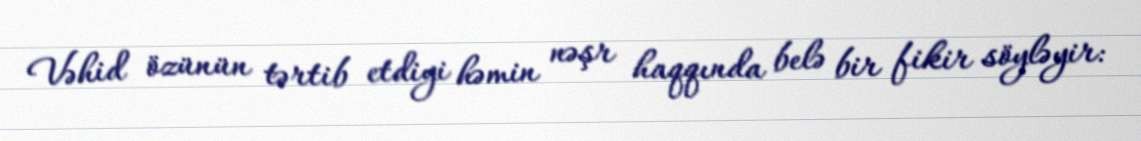
Vəhid özünün tərtib etdiyi həmin nəşr haqqında belə bir fikir söyləyir: